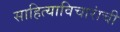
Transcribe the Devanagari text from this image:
साहित्याविचारांची